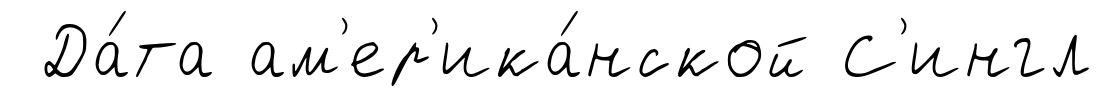
Да́та ам'ер'ика́нской С'ингл